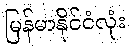
မြန်မာနိုင်ငံလုံး